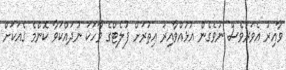
ވާއިރު އެވަރުވެސް ނުވެގެން އުޅުއްވާއިރު އިތުރަށް ފުލެޓްގެ ވާހަކަ ނުދައްކަވާ ކޮންމެ ގެއަކަށް